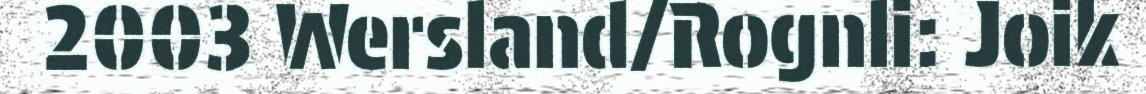
2003 Wersland/Rognli: Joik